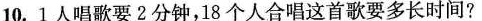
10.1人唱歌要2分钟18个人合唱这首歌要多长时间?